Civil Veterinary Department Bihar & Orissa reports 1922-29 - 1922-1929
Year: 1922
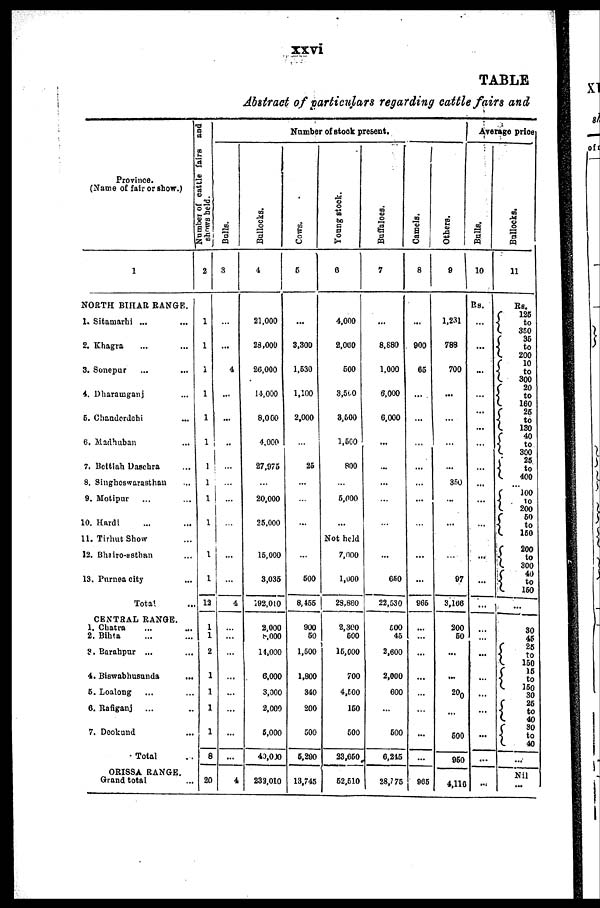
xxvi
TABLE
Abstract of particulars regarding cattle fairs and
Province.
(Name of fair or show.)
1
NORTH BIHAR RANGE.
1. Sitamarhi ...
...
2. Khagra
3. Sonepur
4. Dharamganj
5. Chanderdchi
6. Madhuban
7. Bettiah Dasehra
8. Singheswarasthau
9. Motipur
10. Hardi
11. Tirhut Show
12. Bhiro-nsthan
13. Purnea city
Total
CENTRAL RANGE.
1. Chatra
2. Bihta
9. Barahpur
...
4. Biswabhusunda
6. Loalong
6. Rafiganj
7. Deokund
Total
ORISSA RANGE.
Grand total
Number of cattle fairs and
shows held.
2
1
1
1
1
1
1
1
1
1
1
1
1
12
1
1
1
1
1
1
1
8
20
Number of stock present.
Balls.
3
...
...
4
...
...
...
...
...
...
...
...
...
4
...
...
...
...
...
...
...
...
4
Bollocks.
4
21,000
28,000
26,000
14,000
8,000
4,000
27,975
...
20,000
25,000
15,000
3,035
192,010
2,000
8,000
14,000
6,000
3,000
2,000
6,000
40,000
233,010
Cows .
6
...
3,300
1,530
1,100
2,000
...
25
...
...
...
...
500
8,455
900
50
1,500
1,800
340
200
500
5,290
13,745
Young stock
6
4,000
2,000
500
3,510
3,500
1,560
800
...
5,000
Not held
7,000
1,000
29,860
2,300
600
15,000
700
4,600
150
500
23,650
52,510
Buffaloes.
7
...
8,880
1,000
6,000
6,000
...
...
...
650
22,530
500
45
2,600
2,000
600
...
500
6,245
28,775
Camels.
8
...
900
66
...
...
...
...
...
...
...
966
...
...
...
...
...
...
...
965
Ot her s .
9
1,231
789
700
...
...
...
350
...
...
97
3,166
200
60
...
...
200
...
500
950
4,116
Average price
Bulls.
10
Rs.
...
...
...
...
...
...
...
...
...
...
...
... ...
...
...
...
...
...
...
...
...
...
Bullocks.
11
Rs.
125
to
350
35
to
200
10
to
300
20
to
160
25
to
130
40
to
300
25
to
400 ...
100
to
200
50
to
150
200
to
300
40
to
150
30
46
26
to
150
15
to
150
30
25
to
40
30
to
40
...
Nil